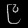
Digit: ၉